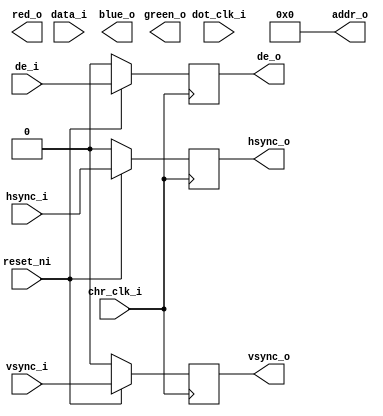
/***************************************************************************
 *                                                                         *
 *   text_mode.v - Generates characters from ASCII data and is designed to *
 *     give an 80x25 text-mode display at a resolution at 720x400 .        *
 *                                                                         *
 *   Copyright (C) 2007 by Patrick Suggate                                 *
 *   patrick@physics.otago.ac.nz                                           *
 *                                                                         *
 *   This program is free software; you can redistribute it and/or modify  *
 *   it under the terms of the GNU General Public License as published by  *
 *   the Free Software Foundation; either version 2 of the License, or     *
 *   (at your option) any later version.                                   *
 *                                                                         *
 *   This program is distributed in the hope that it will be useful,       *
 *   but WITHOUT ANY WARRANTY; without even the implied warranty of        *
 *   MERCHANTABILITY or FITNESS FOR A PARTICULAR PURPOSE.  See the         *
 *   GNU General Public License for more details.                          *
 *                                                                         *
 *   You should have received a copy of the GNU General Public License     *
 *   along with this program; if not, write to the                         *
 *   Free Software Foundation, Inc.,                                       *
 *   59 Temple Place - Suite 330, Boston, MA  02111-1307, USA.             *
 ***************************************************************************/

`timescale 1ns/100ps
module text_mode (
	dot_clk_i,
	chr_clk_i,
	reset_ni,
	
	de_i,
	vsync_i,
	hsync_i,
	
	addr_o,
	data_i,
	
	vsync_o,
	hsync_o,
	de_o,
	red_o,
	green_o,
	blue_o
);

// parameter	COL_MAX	= 720;	// 80*9
// parameter	ROW_MAX	= 400;	// 25*16

parameter	COL_MAX	= 80;	// 80*9
parameter	ROW_MAX	= 25;	// 25*16

`define	ROW_MAX	ROW_MAX
`define	COL_MAX	COL_MAX

input	dot_clk_i;
input	chr_clk_i;
input	reset_ni;

input	de_i;
input	vsync_i;
input	hsync_i;

output	[11:0]	addr_o;
input	[15:0]	data_i;

output	vsync_o;
output	hsync_o;
output	de_o;
output	red_o;
output	green_o;
output	blue_o;


`define	TMST_PREDRAW	1'b0
`define	TMST_REDRAW	1'b1
reg	state	= `TMST_PREDRAW;

reg	prev_hsync	= 0;
reg	prev_vsync	= 0;
reg	prev_de		= 0;
reg	redraw_started	= 0;

reg	[4:0]	row	= 0;	// 25 rows.
reg	[6:0]	col	= 0;	// 80 columns.
reg	[11:0]	addr_o	= 0;

wire	edge_vsync;
wire	edge_hsync;
wire	edge_de;


assign	hsync_o	= prev_hsync;
assign	vsync_o	= prev_vsync;
assign	de_o	= prev_de;

assign	#1 edge_hsync	= hsync_i && !prev_hsync;
assign	#1 edge_vsync	= hsync_i && !prev_vsync;
assign	#1 edge_de	= hsync_i && !prev_de;


always @(posedge chr_clk_i) begin
	if (!reset_ni) begin
		prev_hsync	<= #1 0;
		prev_vsync	<= #1 0;
		prev_de		<= #1 0;
	end
	else begin
		prev_hsync	<= #1 hsync_i;
		prev_vsync	<= #1 vsync_i;
		prev_de		<= #1 de_i;
	end
end


always @(posedge chr_clk_i) begin
	if (!reset_ni)
		state	<= #1 `TMST_PREDRAW;
	else case (state)
	`TMST_PREDRAW:	// Waiting for DE
		if (edge_de)	state	<= #1 `TMST_REDRAW;
		else		state	<= #1 state;
	
	`TMST_REDRAW:	// Drawing text
		if (row < `ROW_MAX)	state	<= #1 state;
		else			state	<= #1 `TMST_PREDRAW;
	endcase
end


always @(posedge chr_clk_i) begin
	if (!reset_ni)
		row	<= #1 0;
	else case (state)
		`TMST_PREDRAW:	row	<= #1 0;
		`TMST_REDRAW:	if (edge_hsync)	row	<= #1 row + 1;
	endcase
end


always @(posedge chr_clk_i) begin
	if (!reset_ni)
		col	<= #1 0;
	else case (state)
		`TMST_PREDRAW:	col	<= #1 0;
		`TMST_REDRAW: begin
			if (edge_hsync)
				col	<= #1 0;
			else if (de_i)
				col	<= #1 col + 1;
			else
				col	<= #1 col;
		end
	endcase
end


endmodule	// text_mode